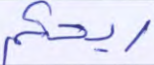
ريحكم